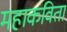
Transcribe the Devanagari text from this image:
महाकविता